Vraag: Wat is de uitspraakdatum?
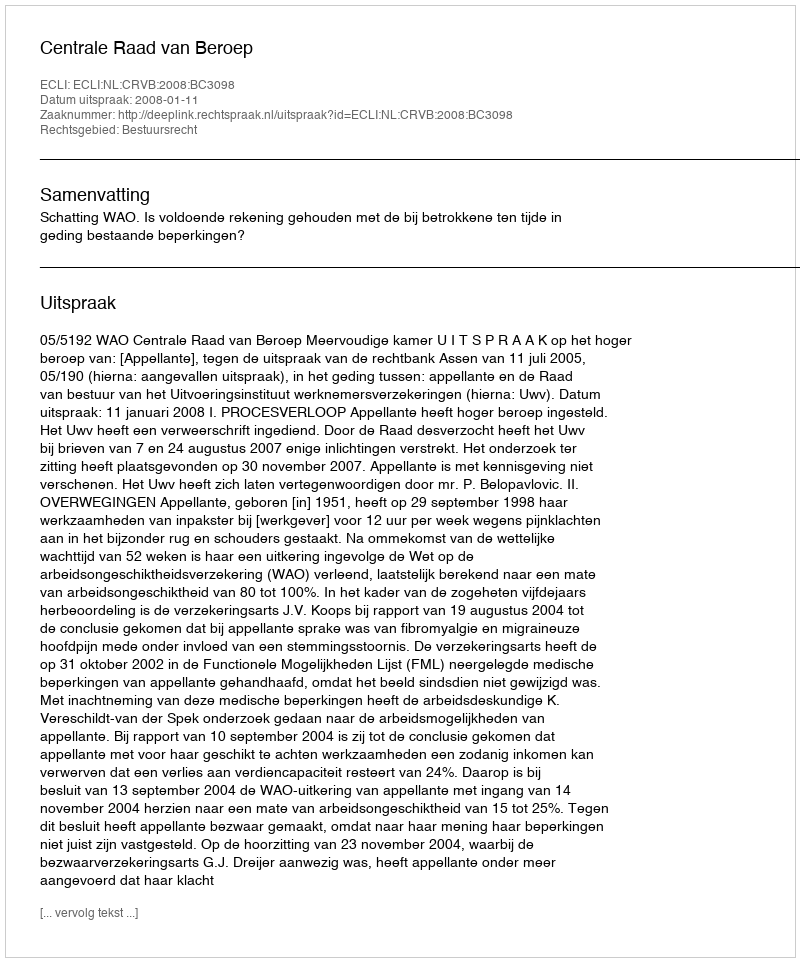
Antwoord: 2008-01-11